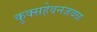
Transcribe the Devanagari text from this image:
कुक्सहेवनजवळ